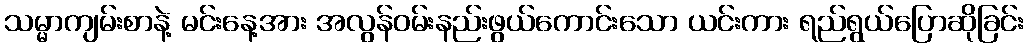
သမ္မာကျမ်းစာနဲ့ မင်းနေ့အား အလွန်ဝမ်းနည်းဖွယ်ကောင်းသော ယင်းကား ရည်ရွယ်ပြောဆိုခြင်း